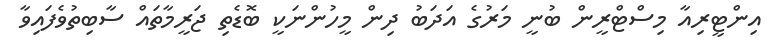
އިންޓީރިއާ މިިސްޓްރީން ބުނީ މަރުގެ އަަދަބު ދިން މީހުންނަކީ ބޮޑެތި ޖަރީމާތައް ސާބިތުވެފައިވާ